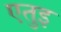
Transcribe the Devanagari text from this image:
एतुइ